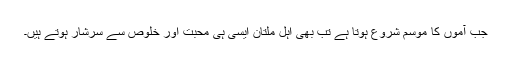
جب آموں کا موسم شروع ہوتا ہے تب بھی اہل ملتان ایسی ہی محبت اور خلوص سے سرشار ہوتے ہیں۔